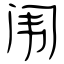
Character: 闱